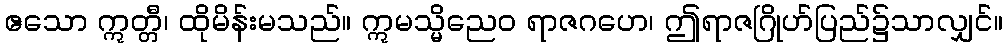
ဧသော ဣတ္တီ၊ ထိုမိန်းမသည်။ ဣမသ္မိညေဝ ရာဇဂဟေ၊ ဤရာဇဂြိုဟ်ပြည်၌သာလျှင်။